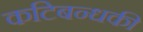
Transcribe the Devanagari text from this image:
कटिबन्धकी